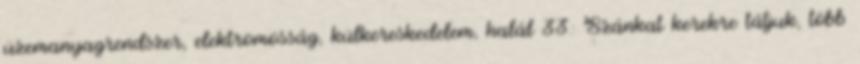
üzemanyagrendszer, elektromosság, külkereskedelem, halál 33: Szánkat kerekre tátjuk, több